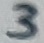
Text: 3